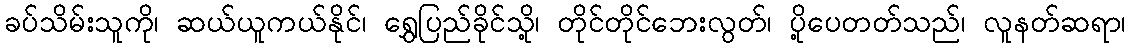
ခပ်သိမ်းသူကို၊ ဆယ်ယူကယ်နိုင်၊ ရွှေပြည်ခိုင်သို့၊ တိုင်တိုင်ဘေးလွတ်၊ ပို့ပေတတ်သည်၊ လူနတ်ဆရာ၊